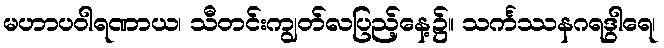
မဟာပဝါရဏာယ၊ သီတင်းကျွတ်လပြည့်နေ့၌။ သင်္ကဿနဂရဒွါရေ၊